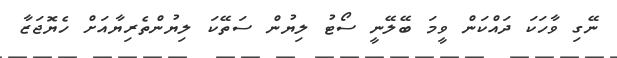
ނޭގި ވާހަކަ ދައްކަން ވީމަ ބޭލޭނީ ސޯޓު ލިޔުން ސަތޭކަ ލިޔުންތެރިޔާއަށް ހެޔޮޖަޒާ